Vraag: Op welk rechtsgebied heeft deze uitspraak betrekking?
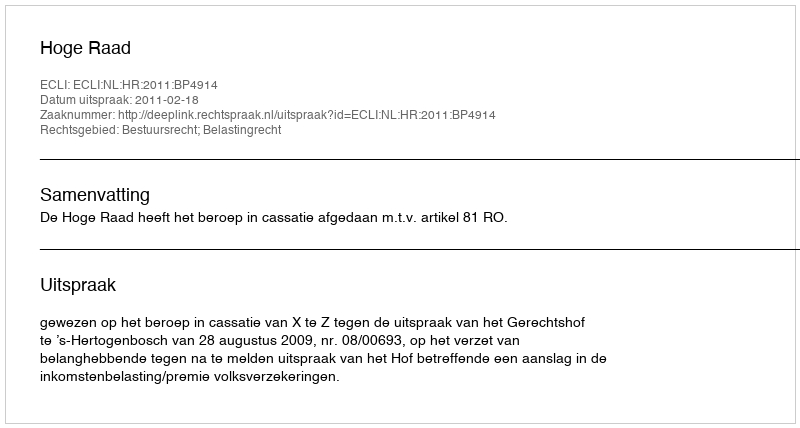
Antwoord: Bestuursrecht; Belastingrecht